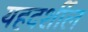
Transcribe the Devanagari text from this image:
यहदर्शील